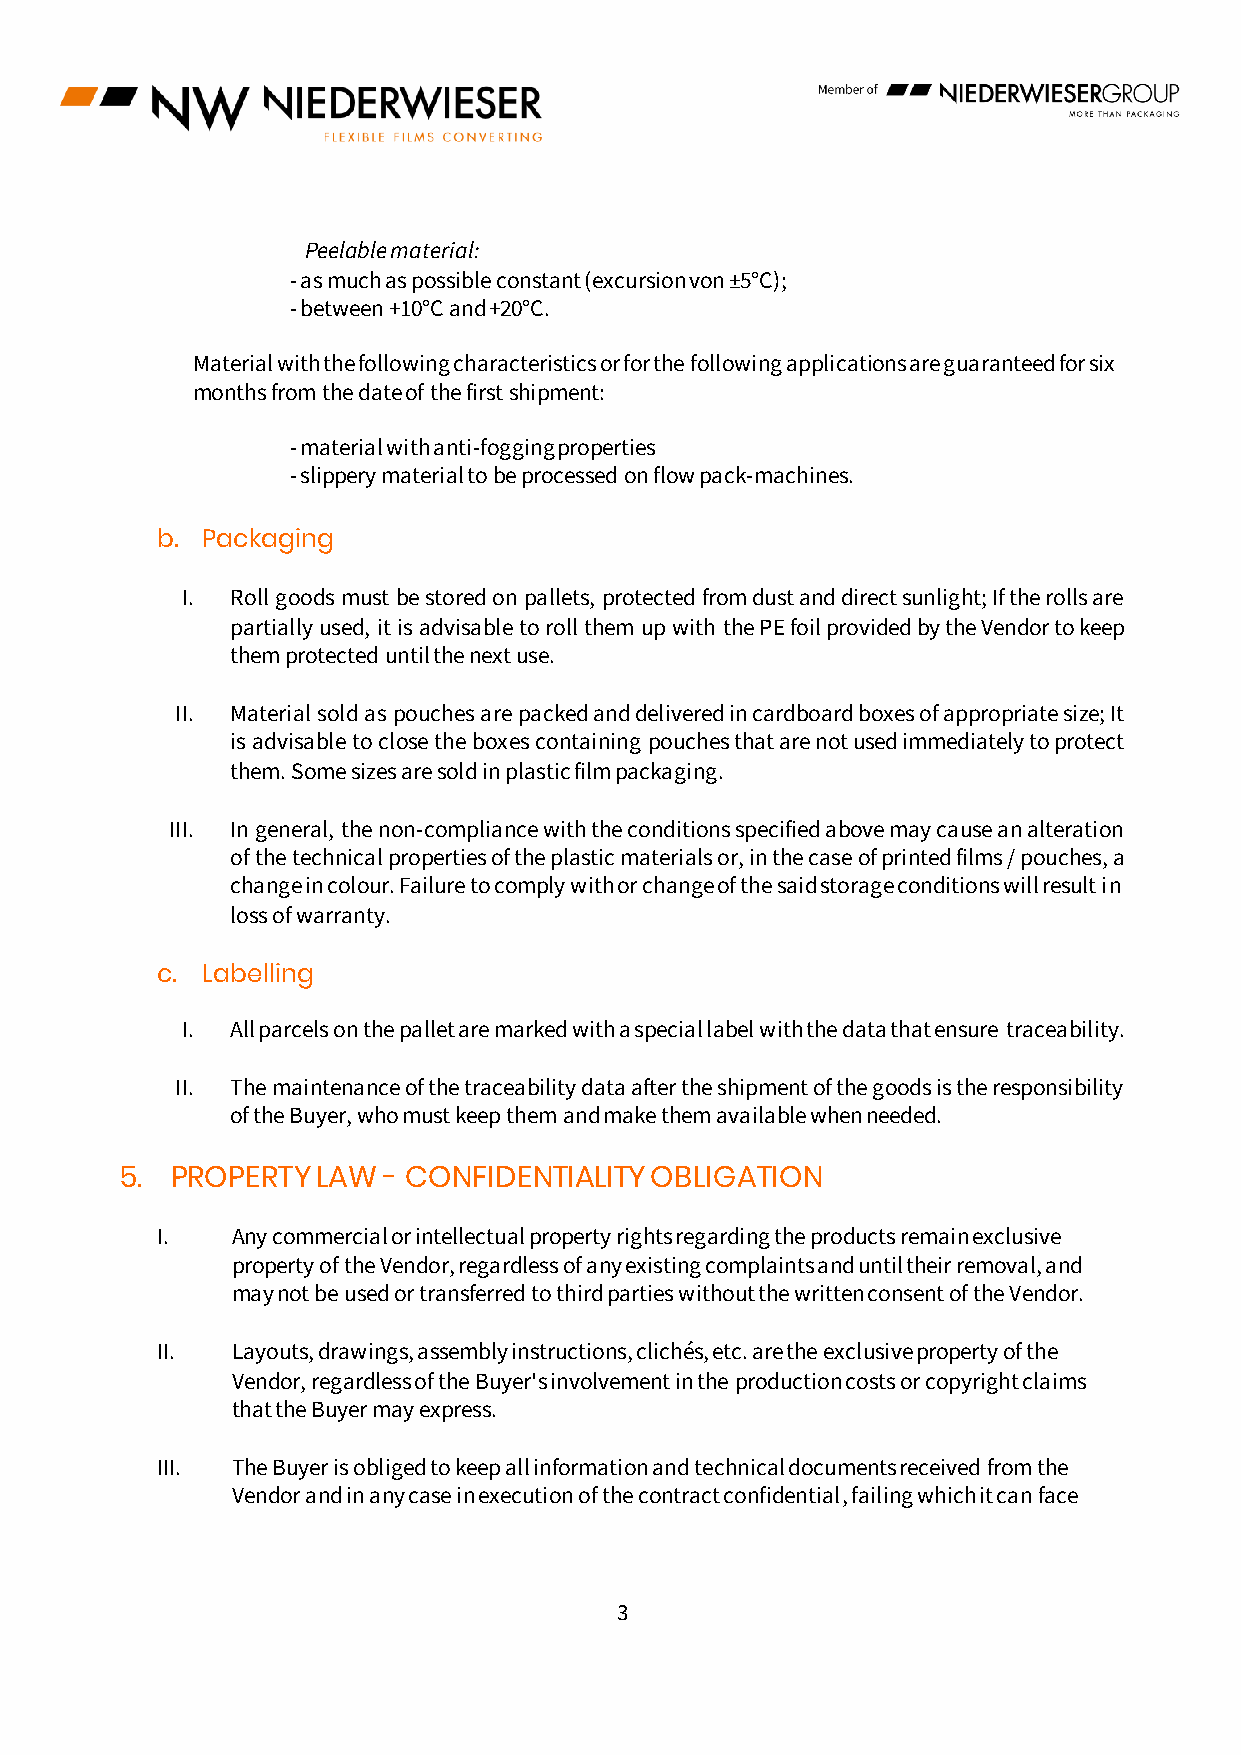
Peelable material:
 - as much as possible constant (excursion von ±5°C);
 - between +10°C and +20°C.
 Material with the following characteristics or for the following applications are guaranteed for six
 months from the date of the first shipment:
 - material with anti-fogging properties
 - slippery material to be processed on flow pack-machines.
 b. Packaging
 I. Roll goods must be stored on pallets, protected from dust and direct sunlight; If the rolls are
 partially used, it is advisable to roll them up with the PE foil provided by the Vendor to keep
 them protected until the next use.
 II. Material sold as pouches are packed and delivered in cardboard boxes of appropriate size; It
 is advisable to close the boxes containing pouches that are not used immediately to protect
 them. Some sizes are sold in plastic film packaging.
 III. In general, the non-compliance with the conditions specified above may cause an alteration
 of the technical properties of the plastic materials or, in the case of printed films / pouches, a
 change in colour. Failure to comply with or change of the said storage conditions will result in
 loss of warranty.
 c. Labelling
 I. All parcels on the pallet are marked with a special label with the data that ensure traceability.
 II. The maintenance of the traceability data after the shipment of the goods is the responsibility
 of the Buyer, who must keep them and make them available when needed.
 5. PROPERTY  LAW - CONFIDENTIALITY OBLIGATION
 I.   Any commercial or intellectual property rights regarding the products remain exclusive
 property of the Vendor, regardless of any existing complaints and until their removal, and
 may not be used or transferred to third parties without the written consent of the Vendor.
 II.  Layouts, drawings, assembly instructions, clichés, etc. are the exclusive property of the
 Vendor, regardless of the Buyer's involvement in the production costs or copyright claims
 that the Buyer may express.
 III. The Buyer is obliged to keep all information and technical documents received from the
 Vendor and in any case in execution of the contract confidential, failing which it can face
 3